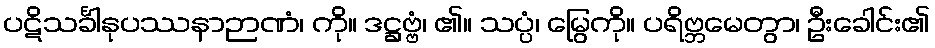
ပဋိသင်္ခါနုပဿနာဉာဏံ၊ ကို။ ဒဋ္ဌဗ္ဗံ၊ ၏။ သပ္ပံ၊ မြွေကို။ ပရိဗ္ဘမေတွာ၊ ဦးခေါင်း၏